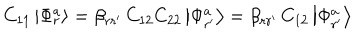
C _ { 1 1 } \left| \Phi _ { r } ^ { a } \right> = \beta _ { r r ^ { \prime } } \, C _ { 1 2 } C _ { 2 2 } \left| \Phi _ { r ^ { \prime } } ^ { a } \right> = \beta _ { r r ^ { \prime } } \, C _ { 1 2 } \left| \Phi _ { r ^ { \prime } } ^ { a } \right>